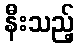
နီးသည့်